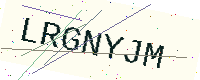
Text: LRGNYJM